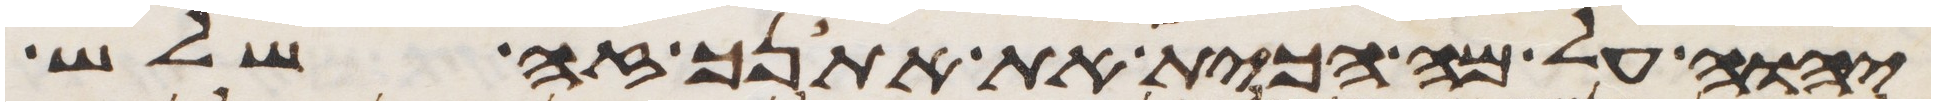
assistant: יהוה על מה הכית את אתנך זה שלש